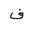
Letter: _fa